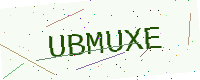
Text: UBMUXE